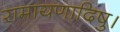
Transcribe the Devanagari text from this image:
रामायणादिषु।